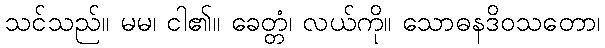
သင်သည်။ မမ၊ ငါ၏။ ခေတ္တံ၊ လယ်ကို။ သောဓနဒိဝသတော၊